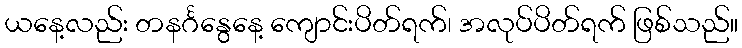
ယနေ့လည်း တနင်္ဂနွေနေ့ ကျောင်းပိတ်ရက်၊ အလုပ်ပိတ်ရက် ဖြစ်သည်။